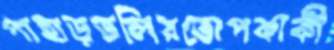
পাহাড়তলিরতোপকাকী